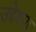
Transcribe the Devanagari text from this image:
उद्देश्या